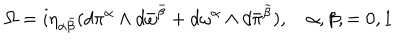
\Omega = i \eta _ { \alpha { \bar { \beta } } } ( d \pi ^ { \alpha } \wedge d { \bar { \omega } } ^ { \bar { \beta } } + d { \omega } ^ { \alpha } \wedge d { \bar { \pi } } ^ { { \bar { \beta } } } ) , \quad \alpha , \beta , = 0 , 1